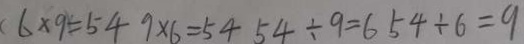
6 \times 9 = 5 4 9 \times 6 = 5 4 5 4 \div 9 = 6 5 4 \div 6 = 9